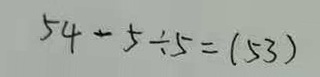
5 4 - 5 \div 5 = ( 5 3 )